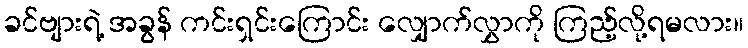
ခင်ဗျားရဲ့ အခွန် ကင်းရှင်းကြောင်း လျှောက်လွှာကို ကြည့်လို့ရမလား။